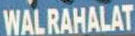
WALRAHALAT